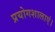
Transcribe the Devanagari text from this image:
प्रयोगशालाएं।